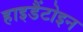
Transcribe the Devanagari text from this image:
हाइडैंटोइन